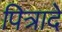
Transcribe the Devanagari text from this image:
पित्रादे